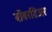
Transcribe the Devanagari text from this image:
बोंबरडिअर